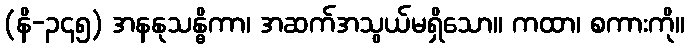
(နိ-၃၄၅) အနနုသန္ဓိကာ၊ အဆက်အသွယ်မရှိသော။ ကထာ၊ စကားကို။